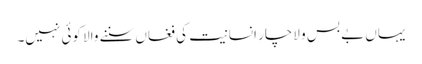
یہاں بے بس و لاچار انسانیت کی فغاں سننے والا کوئی نہیں۔